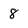
Character: 8